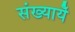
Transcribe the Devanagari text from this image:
संख्यायेँ